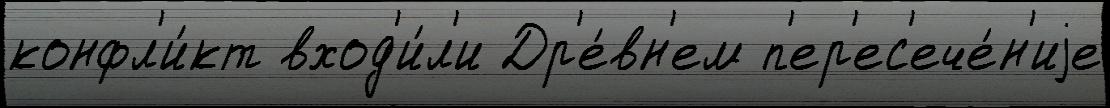
конфл'и́кт вход'и́л'и Др'е́вн'ем п'ер'ес'ече́н'иjе